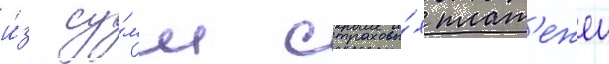
и́з су́мм страховы́х плат'ежеи